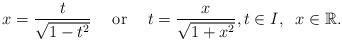
LaTeX: \begin{align*} x=\frac{t}{\sqrt{1-t^2}} \quad\; {\rm or} \quad\; t=\frac{x}{\sqrt{1+x^2}},t\in I,\;\; x\in {\mathbb R}.\end{align*}